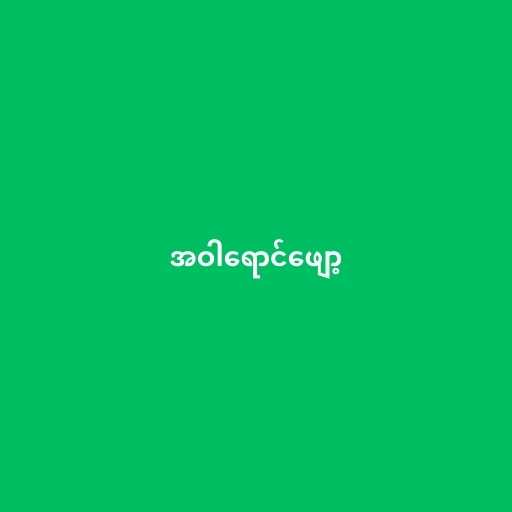
အဝါရောင်ဖျော့